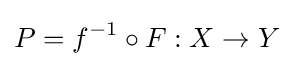
P=f^{-1}\circ F:X\to Y